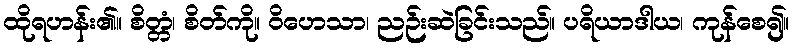
ထိုရဟန်း၏။ စိတ္တံ၊ စိတ်ကို။ ဝိဟေသာ၊ ညဉ်းဆဲခြင်းသည်။ ပရိယာဒါယ၊ ကုန်စေ၍။